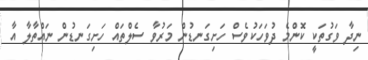
ނިދާ ވަގުތަކީ ކޮންމެ ދުވަހަކުވެސް ހަށިގަނޑުން މަރުވާ ސެލްތައް ހަށިގަނޑުން ނައްތާލާ އާ